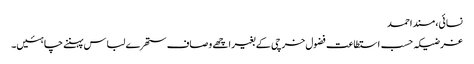
نسائی، مسند احمد
غرضیکہ حسب استطاعت فضول خرچی کے بغیر اچھے وصاف ستھرے لباس پہننے چاہئیں۔